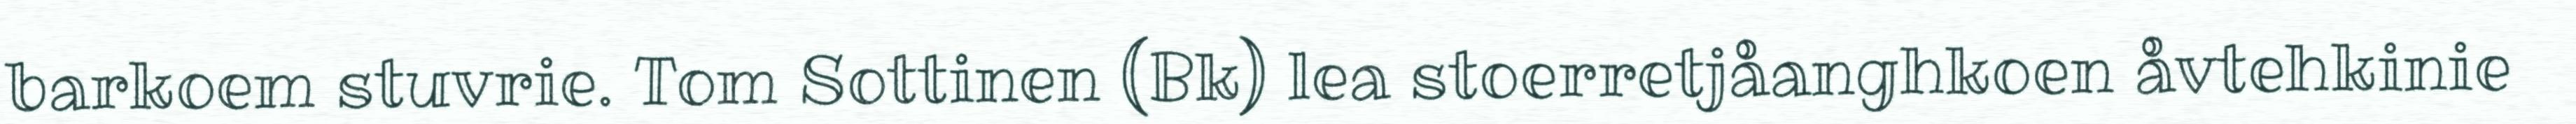
barkoem stuvrie. Tom Sottinen (Bk) lea stoerretjåanghkoen åvtehkinie